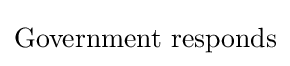
{\text{Government}}\ {\text{responds}}